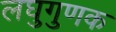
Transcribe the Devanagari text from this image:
लघुगुणक